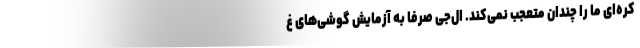
کره‌ای ما را چندان متعجب نمی‌کند. ال‌جی صرفا به آزمایش گوشی‌های غ